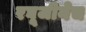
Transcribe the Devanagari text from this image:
रघूजीनेच